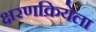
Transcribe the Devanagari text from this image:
क्षरणक्रियेला